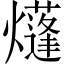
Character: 𤑫